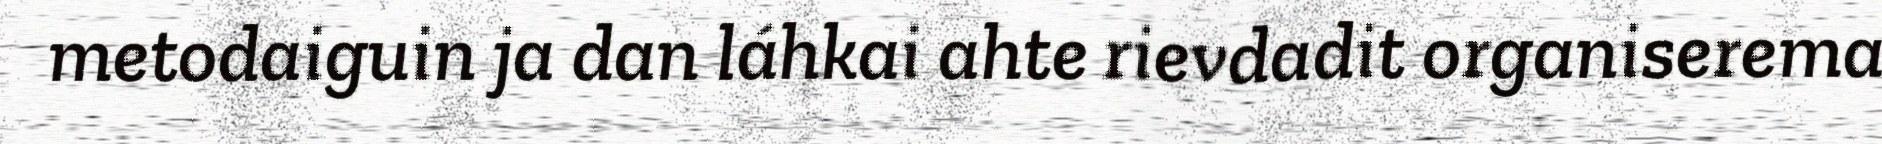
metodaiguin ja dan láhkai ahte rievdadit organiserema